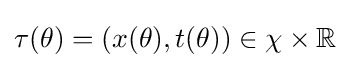
\tau (\theta )=(x(\theta ),t(\theta ))\in \chi \times \mathbb {R}